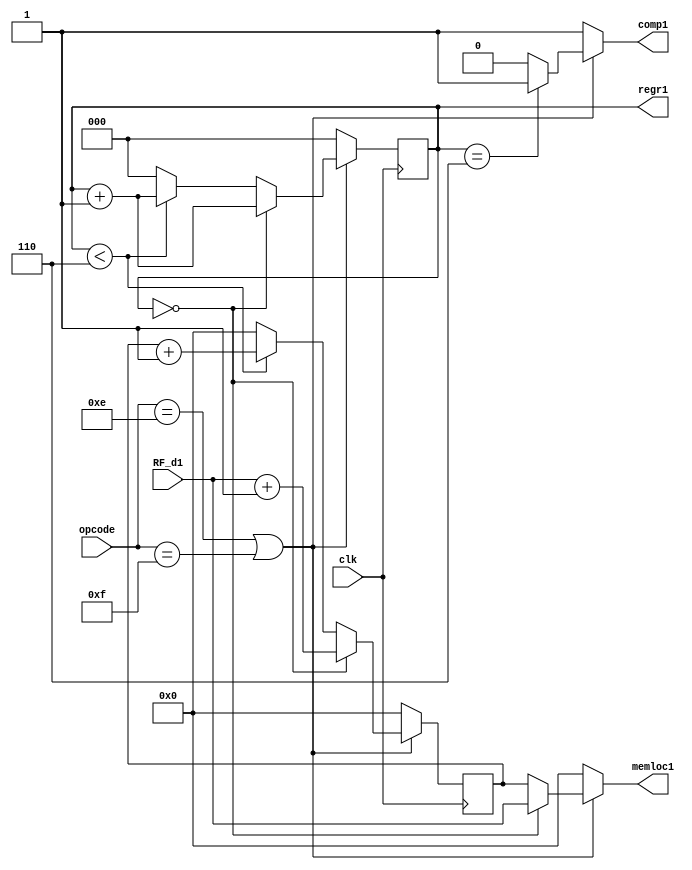
module mod1(opcode,clk,RF_d1,comp1,regr1,memloc1);
input [3:0] opcode;
input clk;
input [15:0] RF_d1;
output reg comp1=1'b1;
output reg [2:0] regr1=3'b000;
output reg [15:0] memloc1=16'b0;

reg [15:0] memreg1=16'b0;

always @(*)
begin
if((opcode==4'b1110)||(opcode==4'b1111))//la, sa
begin
if(regr1==3'b0)
memloc1=RF_d1;
else
memloc1=memreg1;

if(regr1==3'b110)
comp1=1'b1;
else
comp1=1'b0;

end

else
begin
memloc1=16'b0;
comp1=1'b1;
end

end

always @(posedge clk)
begin
if((opcode==4'b1110)||(opcode==4'b1111))//la, sa
begin
if(regr1==3'b0)
begin
regr1<=regr1+1'b1;
memreg1<=RF_d1+1'b1;
end
else if(regr1<3'b110)
begin
regr1<=regr1+3'b1;
memreg1<=memreg1+16'b1;
end
else
begin
regr1<=3'b0;
memreg1<=16'b0;
end
end
else
begin
regr1<=3'b0;
memreg1<=16'b0;
end
end

endmodule